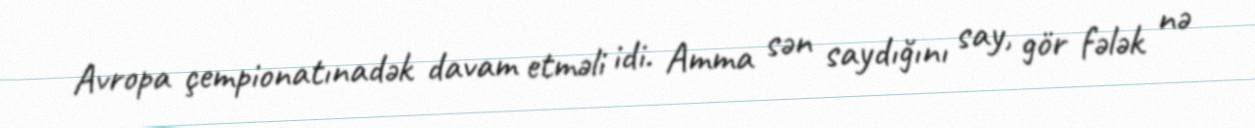
Avropa çempionatınadək davam etməli idi. Amma sən saydığını say, gör fələk nə